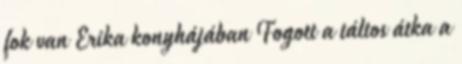
fok van Erika konyhájában Fogott a táltos átka a